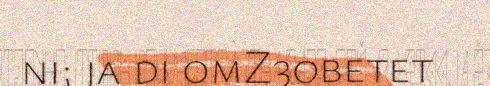
ni; ja di omZ3obetet